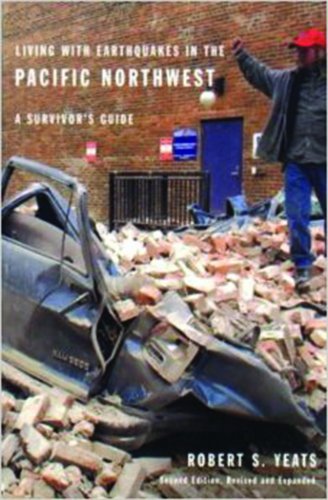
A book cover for Living with Earthquakes in the Pacific Northwest: A Survivor's Guide, Second Edition, Revised and Expanded; Robert S. Yeats; Science & Math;